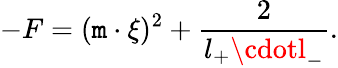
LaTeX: -F=(\mathtt{m}\cdot\xi)^{2}+\frac{{2}}{{l_{+}\cdotl_{-}}}.